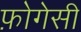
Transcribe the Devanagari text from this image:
फ़ोगेसी